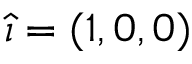
{ \boldsymbol { \hat { \imath } } } = ( 1 , 0 , 0 )